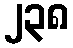
၂၃၈